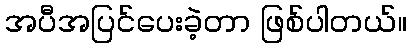
အပီအပြင်ပေးခဲ့တာ ဖြစ်ပါတယ်။